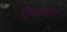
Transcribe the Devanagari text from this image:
ड्रिसकोल